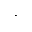
\cdot